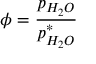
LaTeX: \phi = { \frac { p _ { H _ { 2 } O } } { p _ { H _ { 2 } O } ^ { * } } }